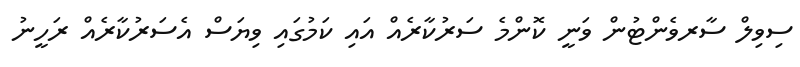
ސިވިލް ސާރވެންޓުން ވަނީ ކޮންމެ ސަރުކާރެއްް އައި ކަމުގައި ވިޔަސް އެސަރުކާރެއް ރަހީނު